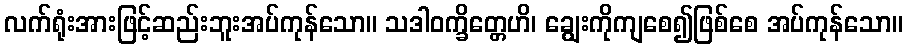
လက်ရုံးအားဖြင့်ဆည်းဘူးအပ်ကုန်သော။ သဒါဝက္ခိတ္တေဟိ၊ ချွေးကိုကျစေ၍ဖြစ်စေ အပ်ကုန်သော။